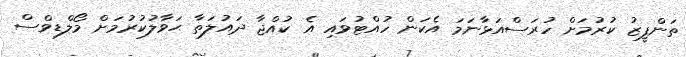
ތަންފީޒު ކުރުމަށް ހުރަސްއަޅާނަމަ އެކަން ހުއްޓުވައި އެ ކުއްޖާ ދައުލަތާ ޙަވާލުކުރުމަށް މޯލްޑިވްސް